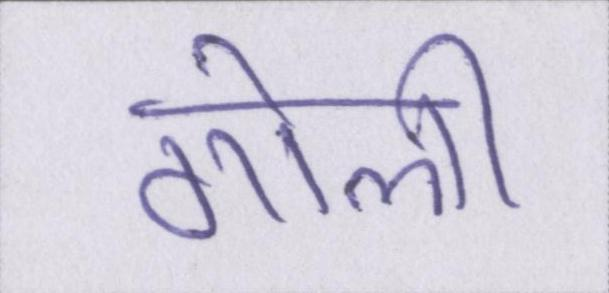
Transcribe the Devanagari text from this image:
गोली